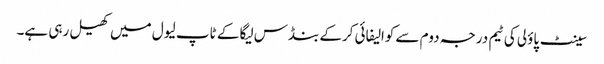
سینٹ پاؤلی کی ٹیم درجہ دوم سے کوالیفائی کرکے بنڈس لیگا کے ٹاپ لیول میں کھیل رہی ہے۔